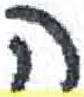
אות: ה